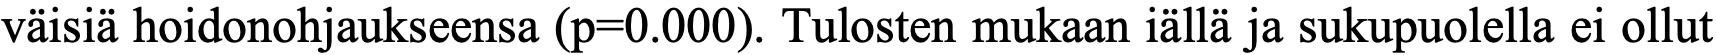
väisiä hoidonohjaukseensa (p=0.000). Tulosten mukaan iällä ja sukupuolella ei ollut